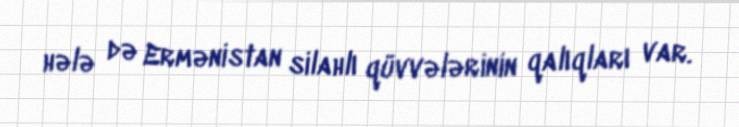
hələ də Ermənistan silahlı qüvvələrinin qalıqları var.